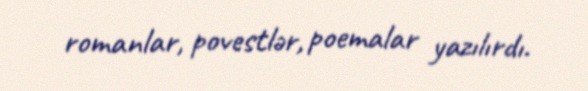
romanlar, povestlər, poemalar yazılırdı.